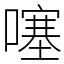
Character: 噻